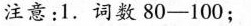
注意：1.词数80-100；